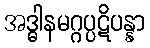
အဒ္ဓါနမဂ္ဂပ္ပဋိပန္နာ